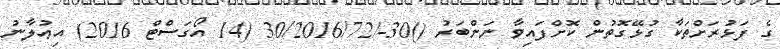
ގެ ފަޅުރަށްތަކާ ގުޅޭގޮތުން ކޮށްފައިވާ ނަންބަރު ()30-/30/2016/72 (14 އޯގަސްޓް 2016) އިޢުލާނު